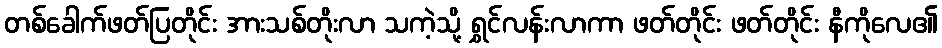
တစ်ခေါက်ဖတ်ပြတိုင်း အားသစ်တိုးလာ သကဲ့သို့ ရွှင်လန်းလာကာ ဖတ်တိုင်း ဖတ်တိုင်း နီကိုလေ၏